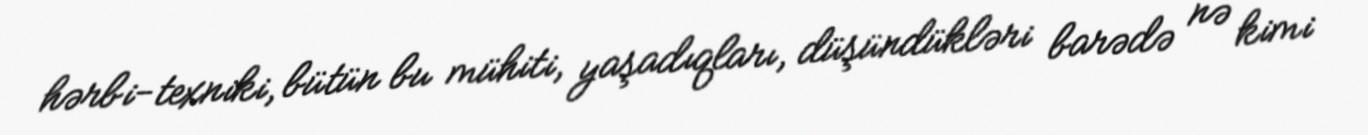
hərbi-texniki, bütün bu mühiti, yaşadıqları, düşündükləri barədə nə kimi